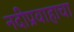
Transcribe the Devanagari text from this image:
नदीप्रवाहाचा